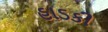
હાડકી